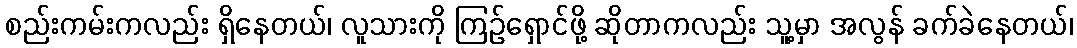
စည်းကမ်းကလည်း ရှိနေတယ်၊ လူသားကို ကြဉ်ရှောင်ဖို့ ဆိုတာကလည်း သူ့မှာ အလွန် ခက်ခဲနေတယ်၊